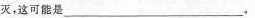
灭，这可能是___